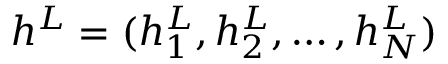
h ^ { L } = ( h _ { 1 } ^ { L } , h _ { 2 } ^ { L } , \dots , h _ { N } ^ { L } )